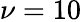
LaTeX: \nu=10